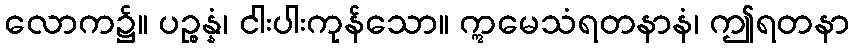
လောက၌။ ပဉ္စန္နံ၊ ငါးပါးကုန်သော။ ဣမေသံရတနာနံ၊ ဤရတနာ